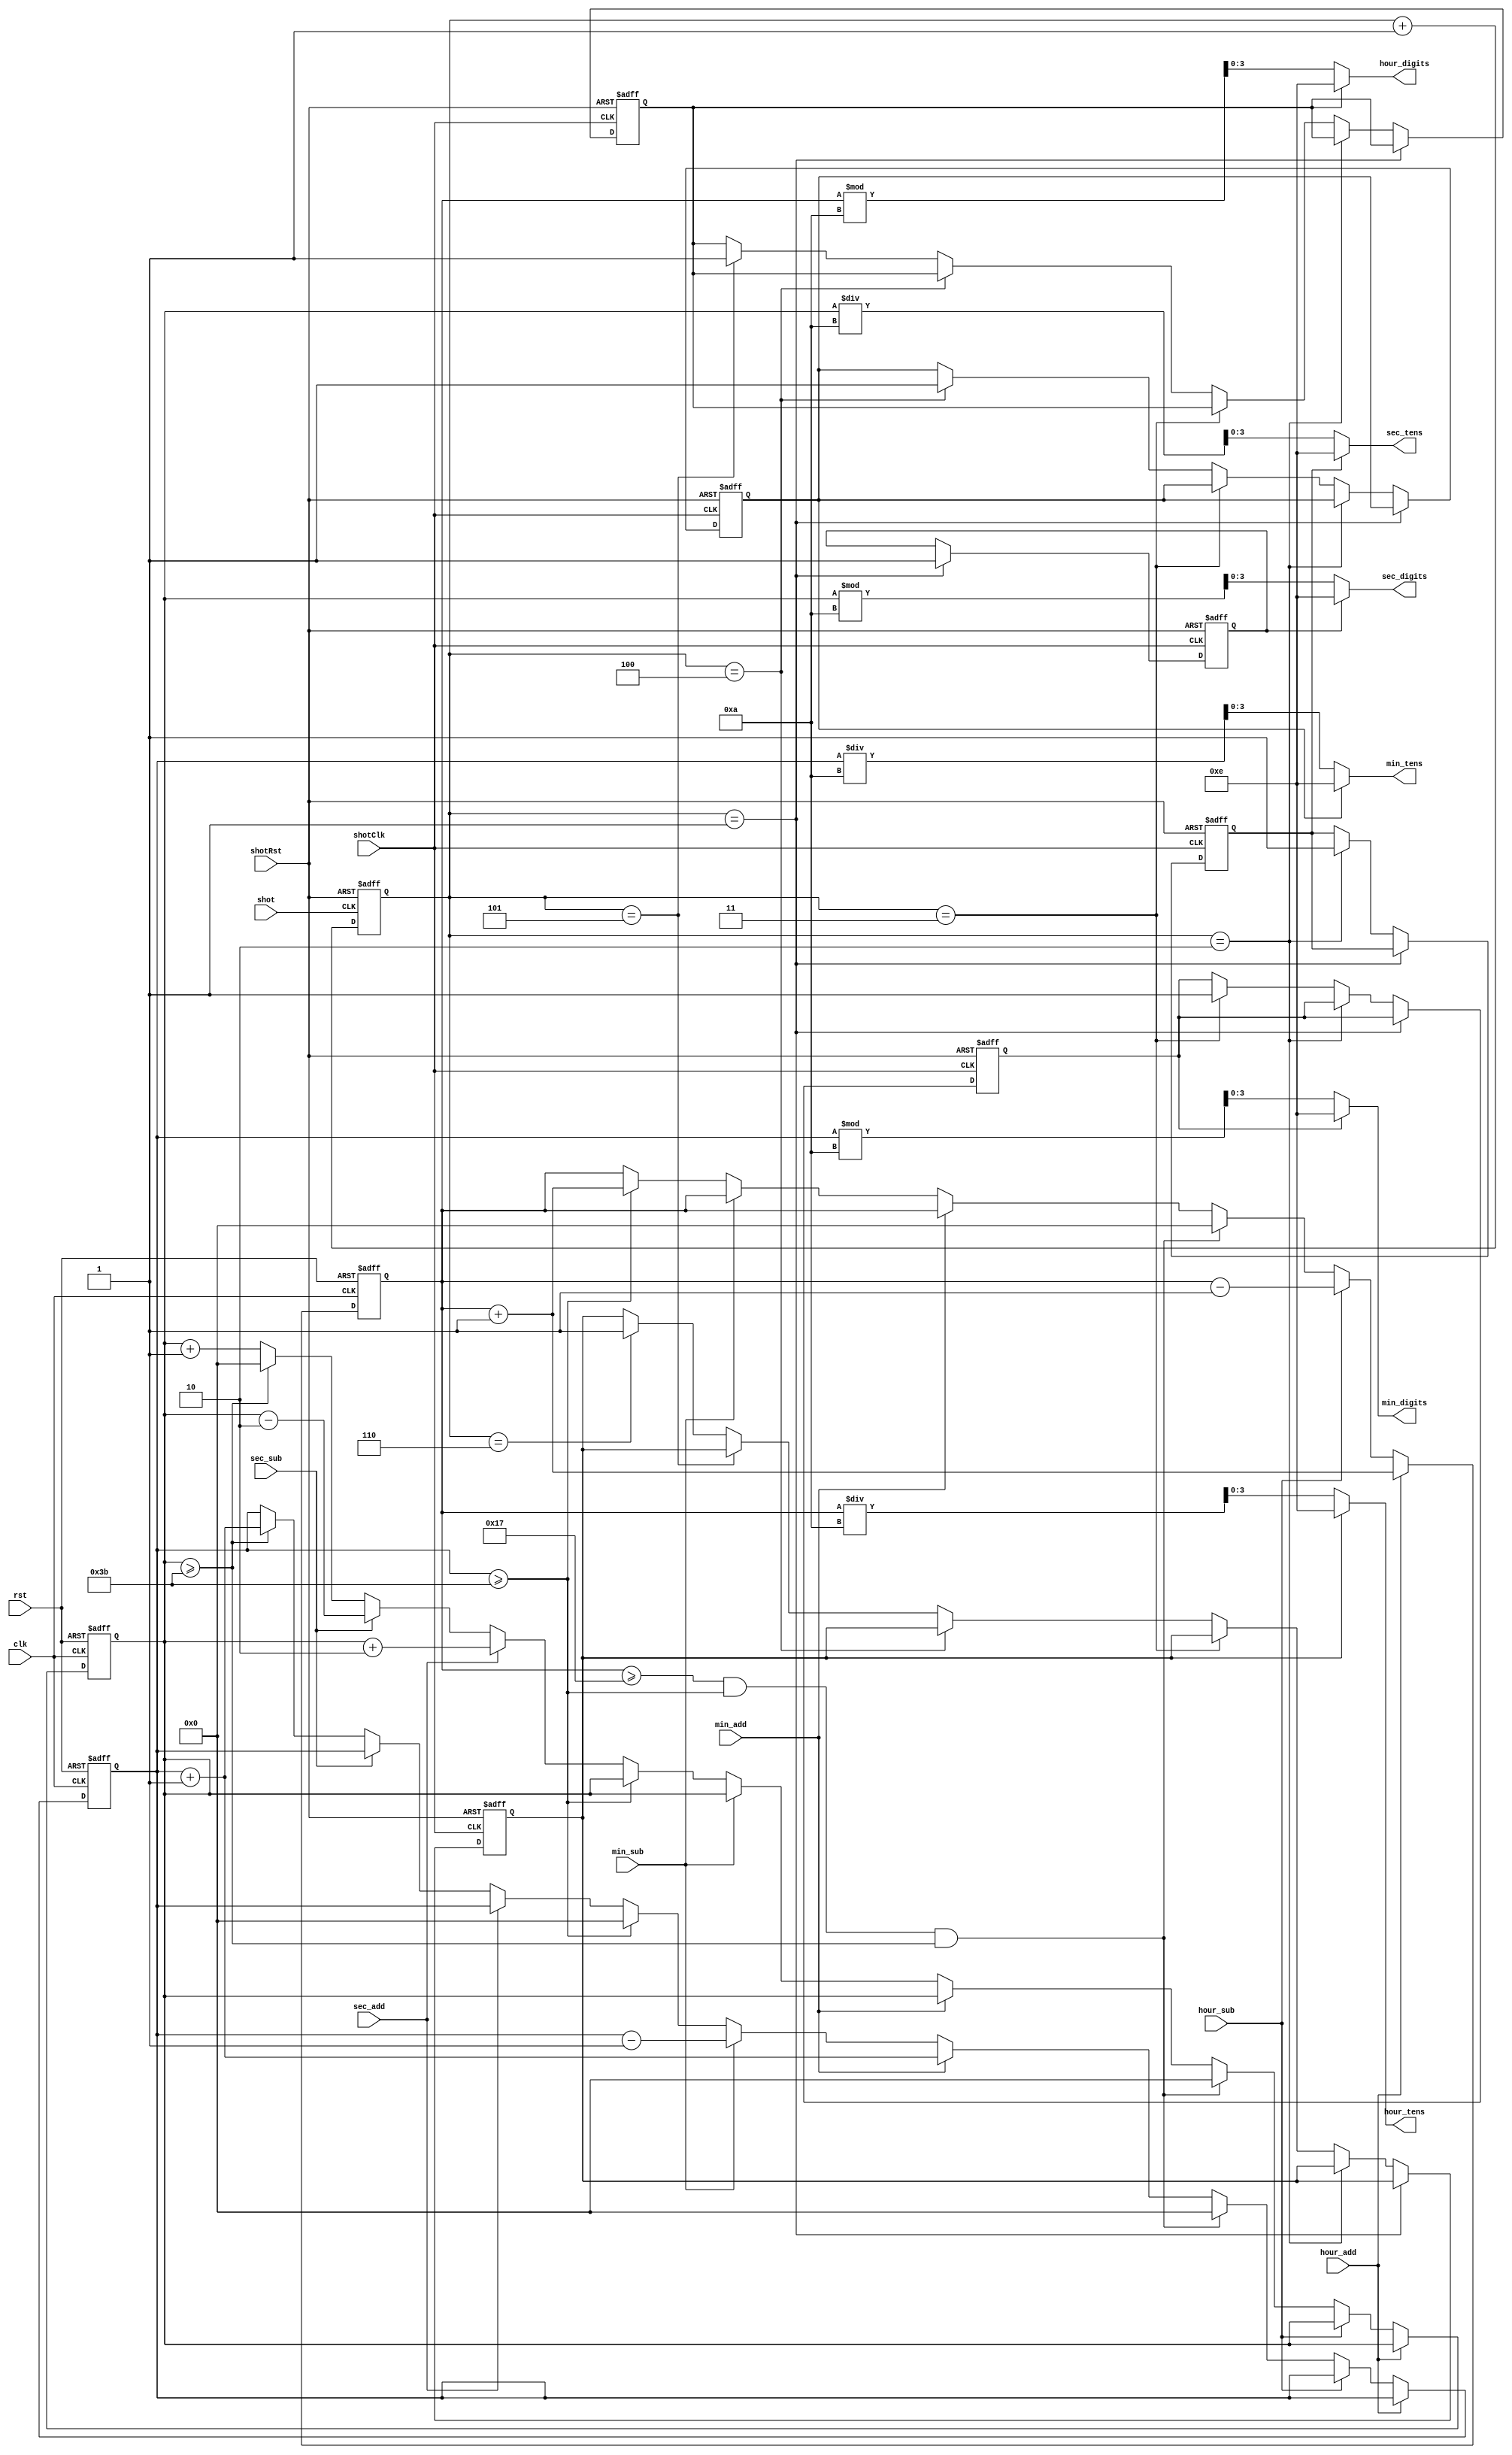
module eclock(
	clk,
	rst,
	shot,
	shotClk,
	shotRst,
	hour_add,
	hour_sub,
	hour_tens, 
	hour_digits,
	min_add,
	min_sub,
	min_tens, 
	min_digits,
	sec_add,
	sec_sub,
	sec_tens,
	sec_digits
);

input	clk, rst, shot, shotClk, shotRst;
input hour_add, hour_sub, min_add, min_sub, sec_add, sec_sub;
output	[3:0] hour_tens, hour_digits;
output	[3:0] min_tens, min_digits;
output	[3:0] sec_tens, sec_digits;

reg	[5:0]	count_min, count_hour, count_sec;
reg [2:0]   count_shot;
reg         count_shotLED1, count_shotLED2, count_shotLED3, count_shotLED4, count_shotLED5, count_shotLED6;

// binary to decimal
assign hour_tens   = (count_shotLED6) ? 4'he : count_hour / 10;
assign hour_digits = (count_shotLED5) ? 4'he : count_hour % 10;
assign min_tens    = (count_shotLED4) ? 4'he : count_min / 10;
assign min_digits  = (count_shotLED3) ? 4'he : count_min % 10;
assign sec_tens    = (count_shotLED2) ? 4'he : count_sec / 10;
assign sec_digits  = (count_shotLED1) ? 4'he : count_sec % 10;

	always @ (posedge shot or negedge shotRst)
	begin
		if (!shotRst)
		begin
			count_shot <= 0;
		end
		else
		begin
			count_shot <= count_shot + 1;
		end
	end

	always @ (posedge shotClk or negedge shotRst)
	begin
		if (!shotRst)
		begin
			count_shotLED1 <= 0;
			count_shotLED2 <= 0;
			count_shotLED3 <= 0;
			count_shotLED4 <= 0;
			count_shotLED5 <= 0;
			count_shotLED6 <= 0;
		end
		else if (count_shot == 1)
		begin
			count_shotLED1 <= 1;
		end
		else if (count_shot == 2)
		begin
			count_shotLED2 <= 1;
		end
		else if (count_shot == 3)
		begin
			count_shotLED3 <= 1;
		end
		else if (count_shot == 4)
		begin
			count_shotLED4 <= 1;
		end
		else if (count_shot == 5)
		begin
			count_shotLED5 <= 1;
		end
		else if (count_shot == 6)
		begin
			count_shotLED6 <= 1;
		end
	end

	always @ (posedge clk or negedge rst)
	begin
		// reset
		if (!rst)
		begin
			count_hour  <= 0;
			count_min <= 0;
			count_sec <= 0;
		end
		// hour operation
		else if (hour_add)
		begin
			count_hour <= count_hour + 1;
		end
		else if (hour_sub)
		begin
			count_hour <= count_hour - 1;
		end
		// hour maximum
		else if (count_hour >= 23 && count_min >= 59 && count_sec >= 59)
		begin
			count_min <= 0;
			count_hour <= 0;
			count_sec <= 0;
		end
		// minute operation
		else if (min_add)
		begin
			count_min <= count_min + 1;
		end
		else if (min_sub)
		begin
			count_min <= count_min - 1;
		end
		// minute maximum
		else if (count_min >= 59)
		begin
			count_min <= 0;
			count_hour <= count_hour + 1;
		end
		// second operation
		else if (sec_add)
		begin
			count_sec <= count_sec + 2;
		end
		else if (sec_sub)
		begin
			count_sec <= count_sec - 2;
		end
		// second maximum
		else if (count_sec >= 59)
		begin
			count_sec <= 0;
			count_min <= count_min + 1;
		end
		// normal operation
		else
			count_sec <= count_sec + 1;
	end 

endmodule